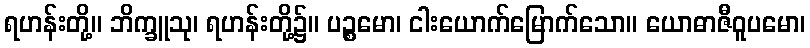
ရဟန်းတို့။ ဘိက္ခူသု၊ ရဟန်းတို့၌။ ပဉ္စမော၊ ငါးယောက်မြောက်သော။ ယောဓာဇီဝူပမော၊